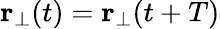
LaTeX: {\mathbf r}_{\perp}(t)={\mathbf r}_{\perp}(t+T)